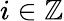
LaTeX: i\in\mathbb Z